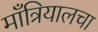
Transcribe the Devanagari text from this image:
माँत्रियालचा